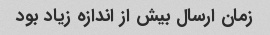
زمان ارسال بیش از اندازه زیاد بود